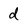
Character: d